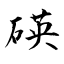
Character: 碤